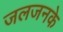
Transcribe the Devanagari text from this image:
जलजनके